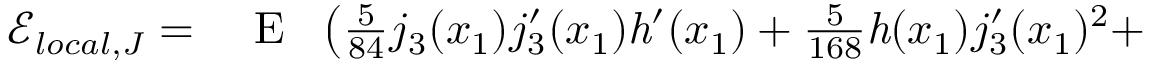
\begin{array} { r l } { \mathcal { E } _ { l o c a l , J } = } & { { } \mathrm { ~ E ~ } \ \left( \frac { 5 } { 8 4 } j _ { 3 } ( x _ { 1 } ) j _ { 3 } ^ { \prime } ( x _ { 1 } ) \mathit { h } ^ { \prime } ( x _ { 1 } ) + \frac { 5 } { 1 6 8 } \mathit { h } ( x _ { 1 } ) j _ { 3 } ^ { \prime } ( x _ { 1 } ) { } ^ { 2 } + \right. } \end{array}